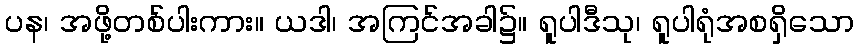
ပန၊ အဖို့တစ်ပါးကား။ ယဒါ၊ အကြင်အခါ၌။ ရူပါဒီသု၊ ရူပါရုံအစရှိသော